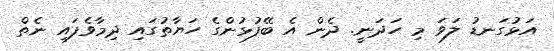
އަޅުގަނޑު ލަވަ މި ހަދަނީ. ދެން އެ ބޭފުޅުންގެ ހަޔާތުގައި ދިމާވެފައި ނެތް